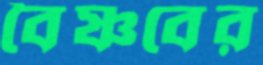
বৈষ্ণবের